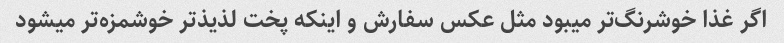
اگر غذا خوشرنگ‌تر میبود مثل عکس سفارش و اینکه پخت لذیذ‌تر خوشمزه‌تر میشود